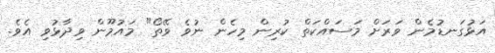
އަޅުގަނޑުމެން ވަރަށް މަސައްކަތް ކުރިން މިހެން ނުވެ ވޭތޯ" މައުމޫން ވިދާޅުވި އެވެ.